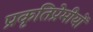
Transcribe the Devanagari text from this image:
प्रकृतिप्रेमीयों